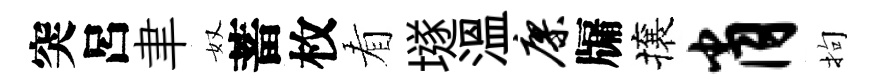
突呂聿奴蓄枚看𡑞溫廖牖攘肖拘